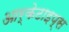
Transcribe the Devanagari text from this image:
आर्केटाइप्स